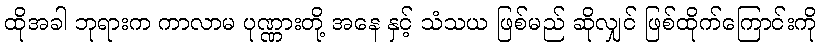
ထိုအခါ ဘုရားက ကာလာမ ပုဏ္ဏားတို့ အနေ နှင့် သံသယ ဖြစ်မည် ဆိုလျှင် ဖြစ်ထိုက်ကြောင်းကို